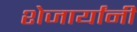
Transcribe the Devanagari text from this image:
शेजार्यांनी